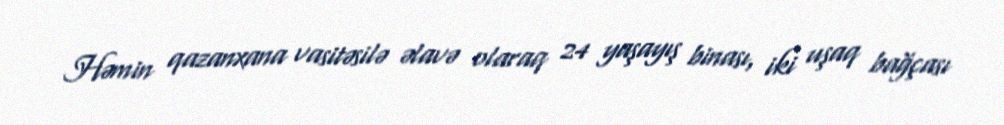
Həmin qazanxana vasitəsilə əlavə olaraq 24 yaşayış binası, iki uşaq bağçası